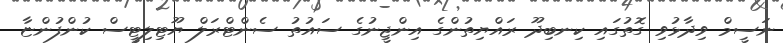
ނަސީމް ވިދާޅުވި ގޮތުގައި ކިނބިދޫ ރައްޔިތުންގެ އިންޖީނުގެ ސައުތު ސެންޓްރަލް ޔޫޓިލިޓީސް ކުންފުންޏާ